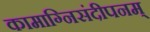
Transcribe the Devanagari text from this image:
कामाग्निसंदीपनम्